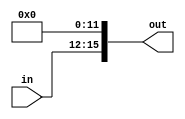
module leftshifter12(
    input [3:0] in,
    output [15:0] out
    );

	assign out = in << 12;
		

endmodule